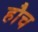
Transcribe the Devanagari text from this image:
हौच